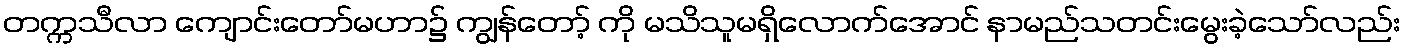
တက္ကသီလာ ကျောင်းတော်မဟာ၌ ကျွန်တော့် ကို မသိသူမရှိလောက်အောင် နာမည်သတင်းမွေးခဲ့သော်လည်း